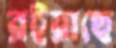
রইয়াছে